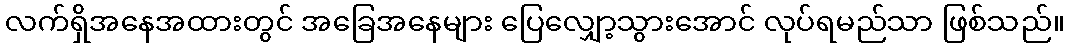
လက်ရှိအနေအထားတွင် အခြေအနေများ ပြေလျှော့သွားအောင် လုပ်ရမည်သာ ဖြစ်သည်။